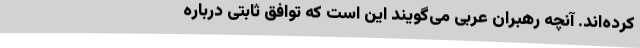
کرده‌اند. آنچه رهبران عربی می‌گویند این است که توافق ثابتی درباره